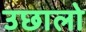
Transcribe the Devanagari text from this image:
उछालो